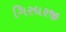
ગિરધરજી